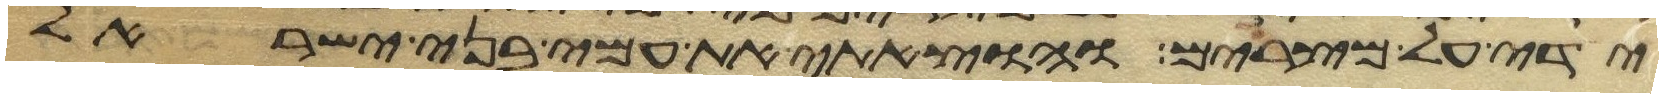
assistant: ידי על מצרים והוצאתי את עמי בני ישראל